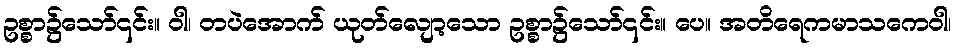
ဥစ္စာ၌သော်၎င်း။ ဝါ၊ တပဲအောက် ယုတ်လျော့သော ဥစ္စာ၌သော်၎င်း။ ပေ။ အတိရေကမာသကေဝါ၊